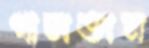
গালতাম